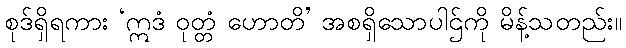
စုဒ်ရှိရကား ‘ဣဒံ ဝုတ္တံ ဟောတိ’ အစရှိသောပါဌ်ကို မိန့်သတည်း။